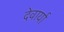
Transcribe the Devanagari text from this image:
देवार्या